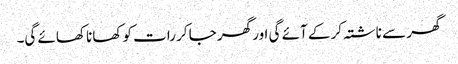
گھر سے ناشتہ کر کے آئے گی اور گھر جا کر رات کو کھانا کھائے گی۔